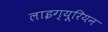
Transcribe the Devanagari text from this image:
लाइग्यूरियन